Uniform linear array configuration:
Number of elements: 8
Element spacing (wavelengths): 0.75
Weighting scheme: cosine
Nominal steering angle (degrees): -60
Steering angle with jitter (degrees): -58.28
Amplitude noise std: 0.05
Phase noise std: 0.05

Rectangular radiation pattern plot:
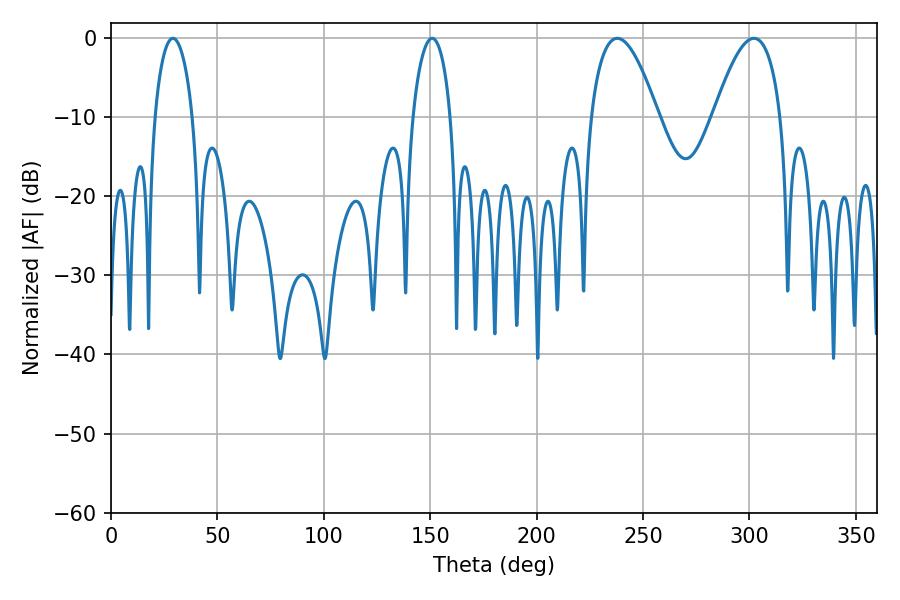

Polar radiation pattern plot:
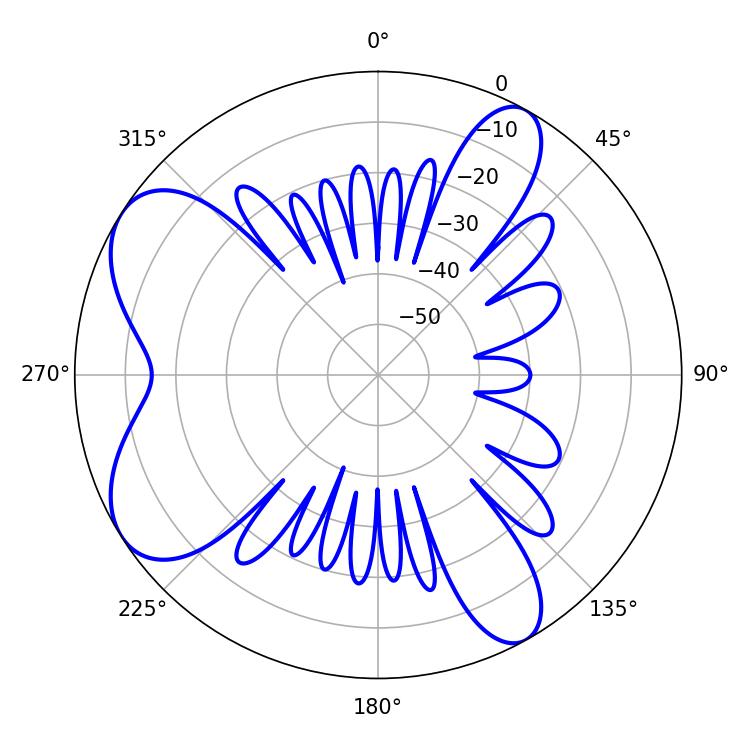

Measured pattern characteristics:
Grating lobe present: TRUE
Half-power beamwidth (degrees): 17.28
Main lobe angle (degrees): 237.96